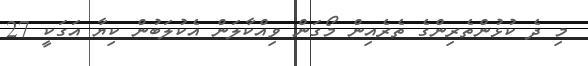
މި ދެ ކުޅުންތެރިންގެ ތެރެއިން މޯގަން ވިއްކާލަން އެކުލަބުން ކިޔާ އަގަކީ 27